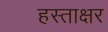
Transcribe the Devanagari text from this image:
हस्‍ताक्षर